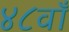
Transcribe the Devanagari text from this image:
४८वाँ